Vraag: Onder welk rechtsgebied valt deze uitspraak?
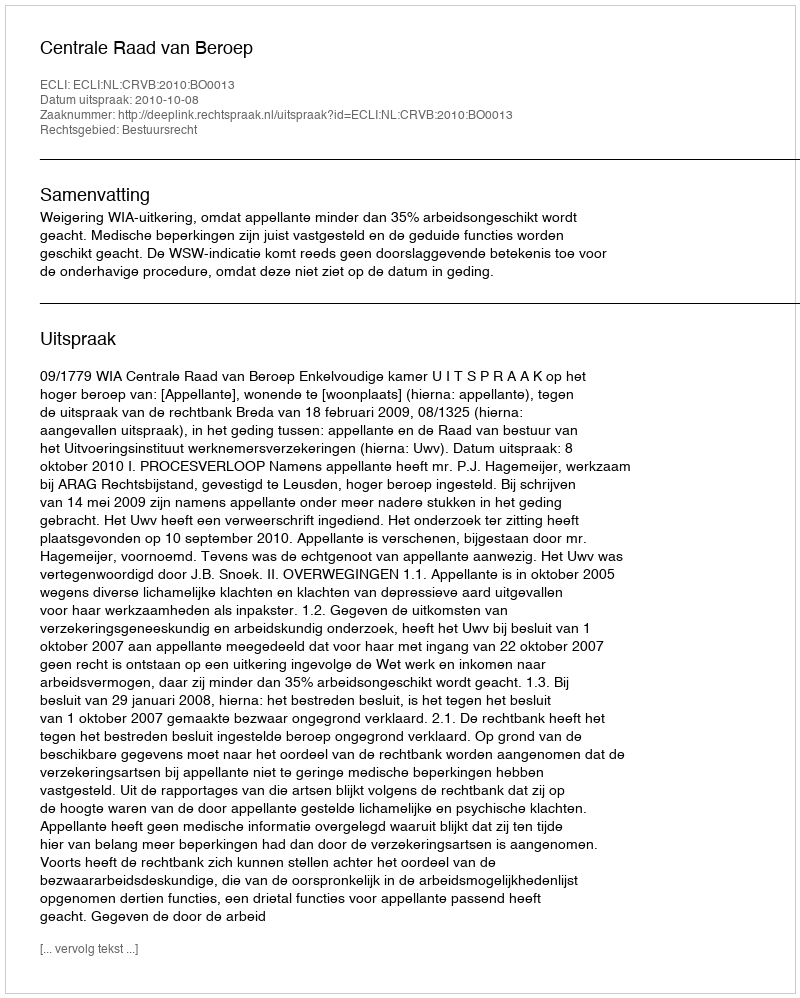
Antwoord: Bestuursrecht